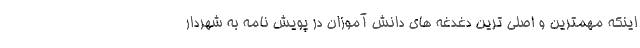
اینکه مهمترین و اصلی ترین دغدغه های دانش آموزان در پویش نامه به شهردار